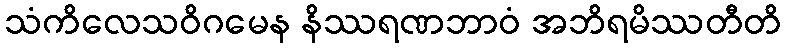
သံကိလေသဝိဂမေန နိဿရဏဘာဝံ အဘိရမိဿတီတိ